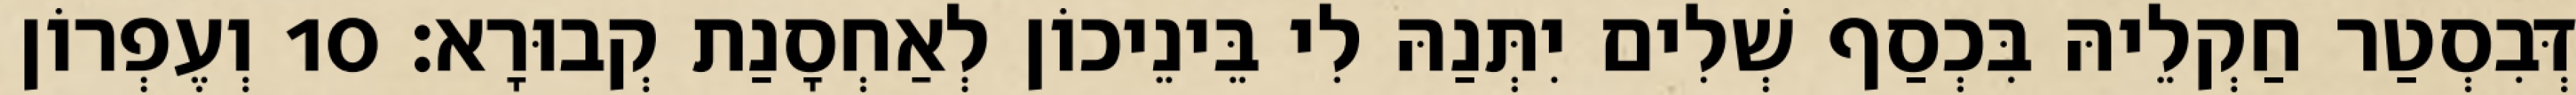
דְּבִסְטַר חַקְלֵיהּ בִּכְסַף שְׁלִים יִתְּנַהּ לִי בֵּינֵיכוֹן לְאַחְסָנַת קְבוּרָא׃ 10 וְעֶפְרוֹן